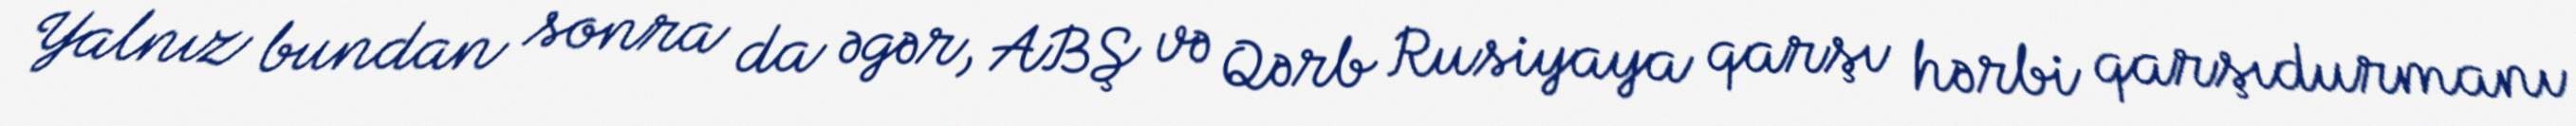
Yalnız bundan sonra da əgər, ABŞ və Qərb Rusiyaya qarşı hərbi qarşıdurmanı